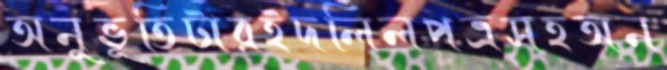
অনুভূতিটারইদলিলপত্রসহঅন